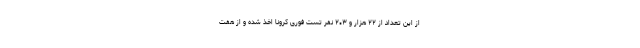
از این تعداد از ۲۲ هزار و ۲۰۳ نفر تست فوری کرونا اخذ شده و از هفت